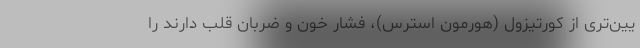
یین‌تری از کورتیزول (هورمون استرس)، فشار خون و ضربان قلب دارند را